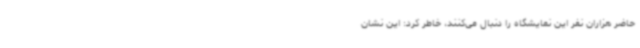
حاضر هزاران نفر این نمایشگاه را دنبال می‌کنند، خاطر کرد: این نشان